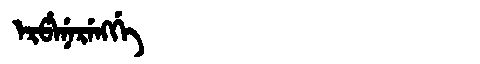
Manchu: ᡝᡵᡦᡝᠨᡝᡵᡝᠩᡤᡝ
Romanization: ERPENERENGGE